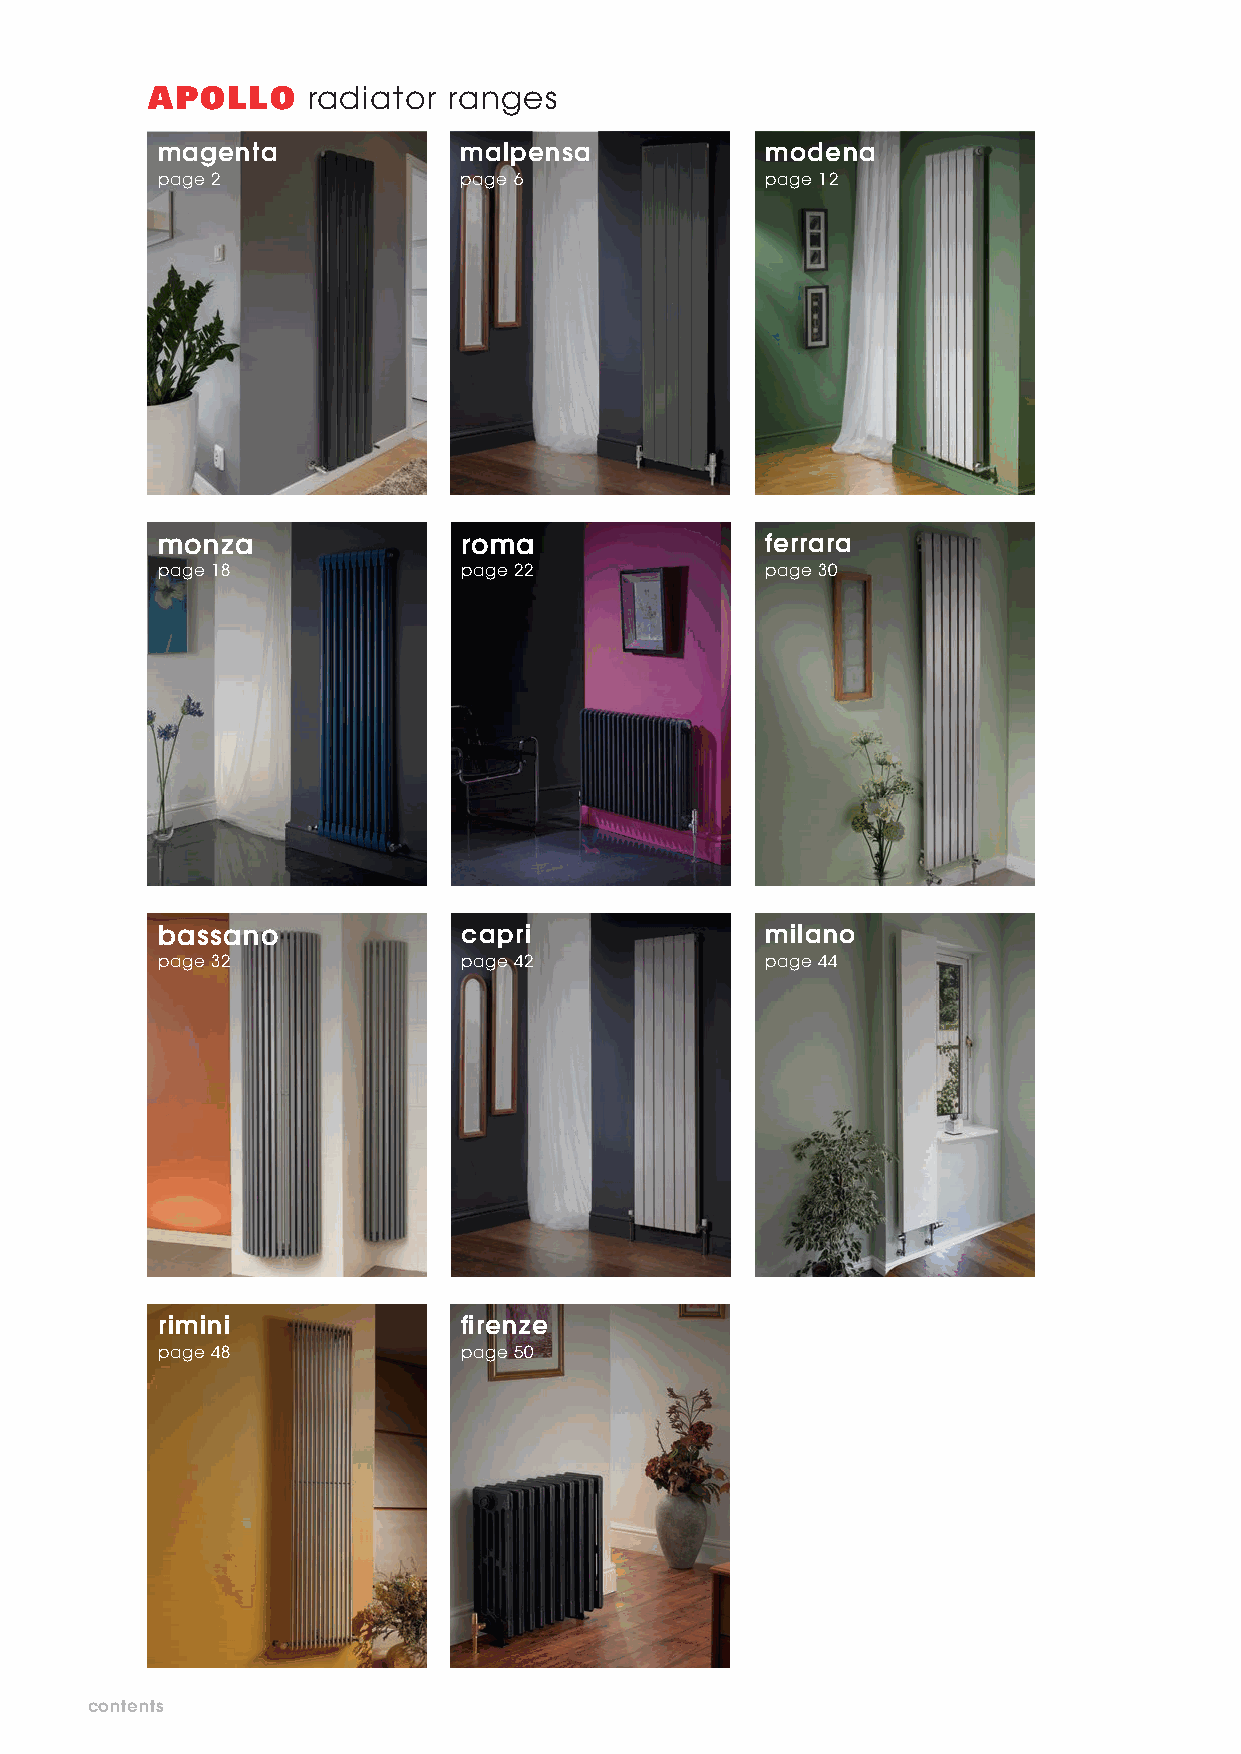
APOLLO    radiator  ranges
 magenta             malpensa             modena
 page 2              page 6               page 12
 monza                roma                ferrara
 page 18              page 22             page 30
 bassano              capri               milano
 page 32              page 42             page 44
 rimini              firenze
 page 48             page 50
 contents